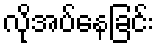
လိုအပ်နေခြင်း